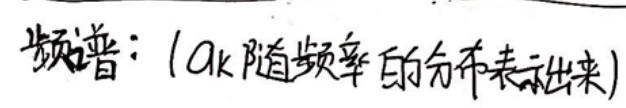
频谱：（$a_k$ 随频率的分布表示出来）